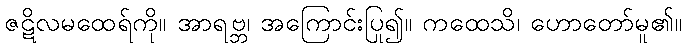
ဇဋိလမထေရ်ကို။ အာရဗ္ဘ၊ အကြောင်းပြု၍။ ကထေသိ၊ ဟောတော်မူ၏။